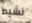
نشيط